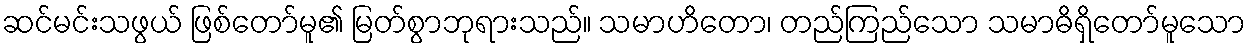
ဆင်မင်းသဖွယ် ဖြစ်တော်မူ၏ မြတ်စွာဘုရားသည်။ သမာဟိတော၊ တည်ကြည်သော သမာဓိရှိတော်မူသော